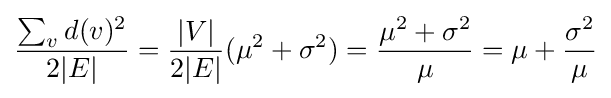
{\frac {\sum _{v}d(v)^{2}}{2|E|}}={\frac {|V|}{2|E|}}(\mu ^{2}+\sigma ^{2})={\frac {\mu ^{2}+\sigma ^{2}}{\mu }}=\mu +{\frac {\sigma ^{2}}{\mu }}